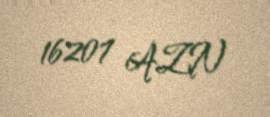
16207 AZN